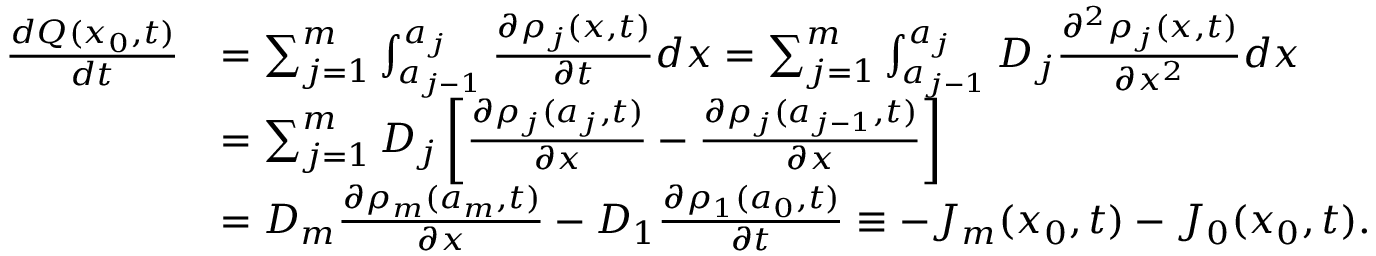
\begin{array} { r l } { \frac { d Q ( x _ { 0 } , t ) } { d t } } & { = \sum _ { j = 1 } ^ { m } \int _ { a _ { j - 1 } } ^ { a _ { j } } \frac { \partial \rho _ { j } ( x , t ) } { \partial t } d x = \sum _ { j = 1 } ^ { m } \int _ { a _ { j - 1 } } ^ { a _ { j } } D _ { j } \frac { \partial ^ { 2 } \rho _ { j } ( x , t ) } { \partial x ^ { 2 } } d x } \\ & { = \sum _ { j = 1 } ^ { m } D _ { j } \left[ \frac { \partial \rho _ { j } ( a _ { j } , t ) } { \partial x } - \frac { \partial \rho _ { j } ( a _ { j - 1 } , t ) } { \partial x } \right] } \\ & { = D _ { m } \frac { \partial \rho _ { m } ( a _ { m } , t ) } { \partial x } - D _ { 1 } \frac { \partial \rho _ { 1 } ( a _ { 0 } , t ) } { \partial t } \equiv - J _ { m } ( x _ { 0 } , t ) - J _ { 0 } ( x _ { 0 } , t ) . } \end{array}